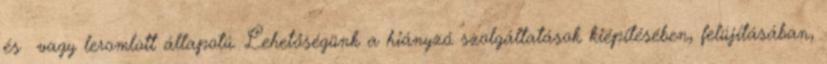
és vagy leromlott állapotú. Lehetőségünk a hiányzó szolgáltatások kiépítésében, felújításában,